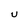
Character: U